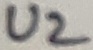
Text: U2